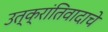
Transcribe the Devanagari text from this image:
उत्क्रांतिवादाचे